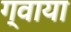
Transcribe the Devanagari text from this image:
ग्वाया